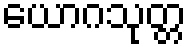
ယောဂသုတ္တ